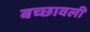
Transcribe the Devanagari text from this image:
बच्छावली